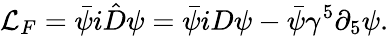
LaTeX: \mathcal{L}_{F}=\bar{\psi}i\hat{D}\psi=\bar{\psi}iD\psi-\bar{\psi}\gamma^{5}\partial_{5}\psi.